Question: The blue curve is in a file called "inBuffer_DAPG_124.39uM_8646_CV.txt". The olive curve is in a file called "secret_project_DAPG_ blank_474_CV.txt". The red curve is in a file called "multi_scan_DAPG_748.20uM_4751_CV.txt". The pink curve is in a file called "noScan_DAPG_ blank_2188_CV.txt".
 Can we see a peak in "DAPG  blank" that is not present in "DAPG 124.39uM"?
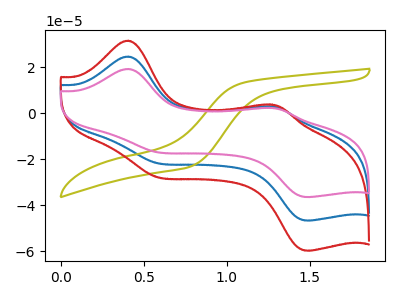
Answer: <think>The blue curve "DAPG 124.39uM" has anodic peaks at (0.40V, 24.60uA) (1.25V, 2.95uA) and cathodic peaks at (0.55V, -21.35uA) (1.50V, -46.55uA). The olive curve "DAPG  blank" has no peaks. The red curve "DAPG 748.20uM" has anodic peaks at (0.40V, 49.20uA) (1.25V, 5.90uA) and cathodic peaks at (0.55V, -42.70uA) (1.50V, -93.05uA). The pink curve "DAPG  blank" has anodic peaks at (0.40V, 19.20uA) (1.25V, 2.30uA) and cathodic peaks at (0.55V, -16.65uA) (1.50V, -36.35uA).
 All the peaks in "DAPG  blank" have a peak in "DAPG 124.39uM" at the same potential. Every peak in "DAPG  blank" is lower than every peak in "DAPG 124.39uM".</think>
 <answer>No, "DAPG  blank" and "DAPG 124.39uM" don't appear to be significantly different in shape</answer>
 <eval>no_change</eval>